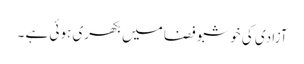
آزادی کی خوشبو فضا میں بکھری ہوئی ہے ۔